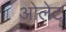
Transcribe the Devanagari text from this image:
ओलेट